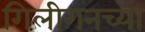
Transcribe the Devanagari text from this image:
गिलीगनच्या